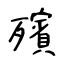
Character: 殯